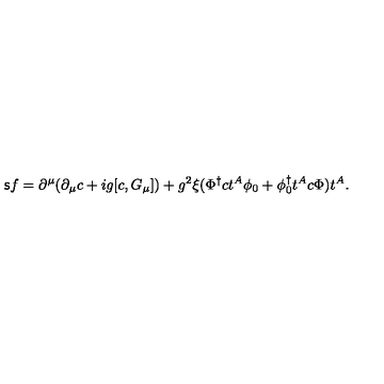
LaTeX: { \sf s } f = \partial ^ { \mu } ( \partial _ { \mu } c + i g [ c , G _ { \mu } ] ) + g ^ { 2 } \xi ( \Phi ^ { \dagger } c t ^ { A } \phi _ { 0 } + \phi _ { 0 } ^ { \dagger } t ^ { A } c \Phi ) t ^ { A } .